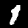
Label: 1